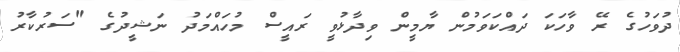
ދުވަހުގެ ރޭ ވާހަކަ ދައްކަވަމުން ޔާމީން ވިދާޅުވީ ރައީސް މުހައްމަދު ނަޝީދުގެ "ސަރުކާރު